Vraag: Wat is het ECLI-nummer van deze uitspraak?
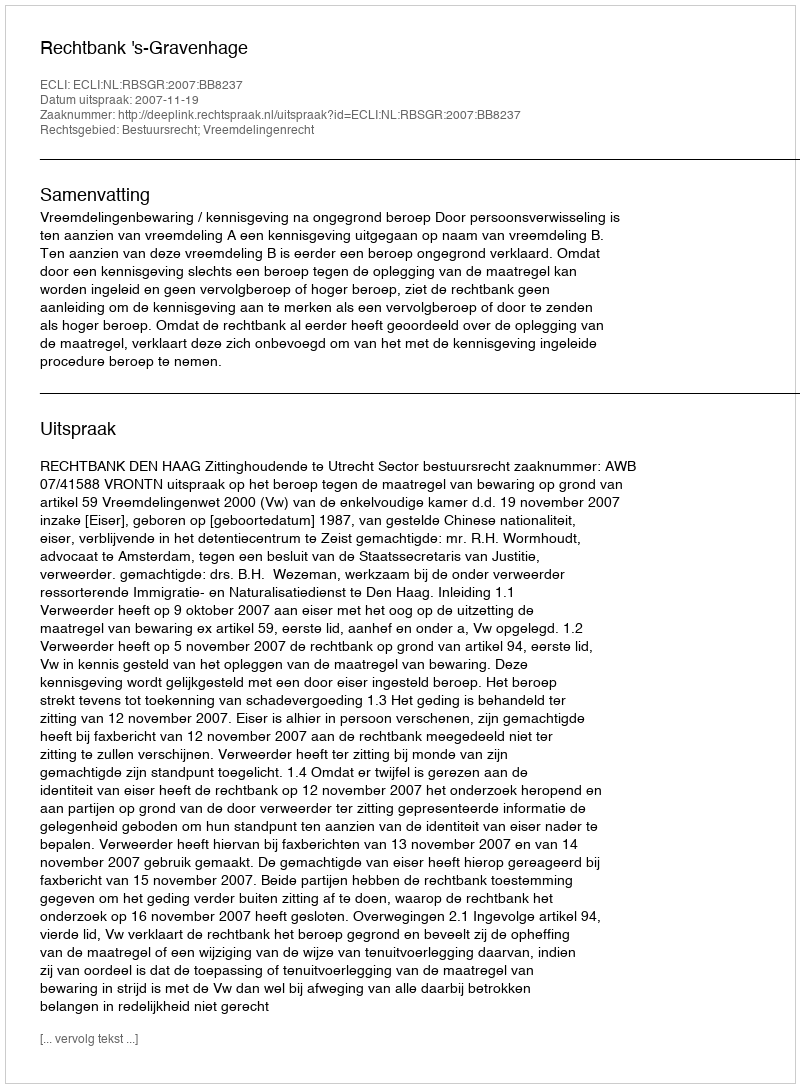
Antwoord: ECLI:NL:RBSGR:2007:BB8237